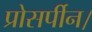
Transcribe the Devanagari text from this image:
प्रोसर्पीन।